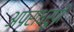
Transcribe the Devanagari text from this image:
अपराधरुपी